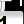
Digit: 1